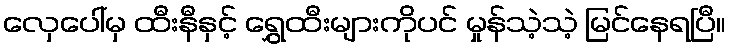
လှေပေါ်မှ ထီးနီနှင့် ရွှေထီးများကိုပင် မှုန်သဲ့သဲ့ မြင်နေရပြီ။